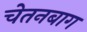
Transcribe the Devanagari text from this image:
चेतनबाग